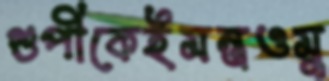
গুপীকেইমন্ত্রওমু